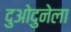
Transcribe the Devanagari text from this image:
दुओदुनेला